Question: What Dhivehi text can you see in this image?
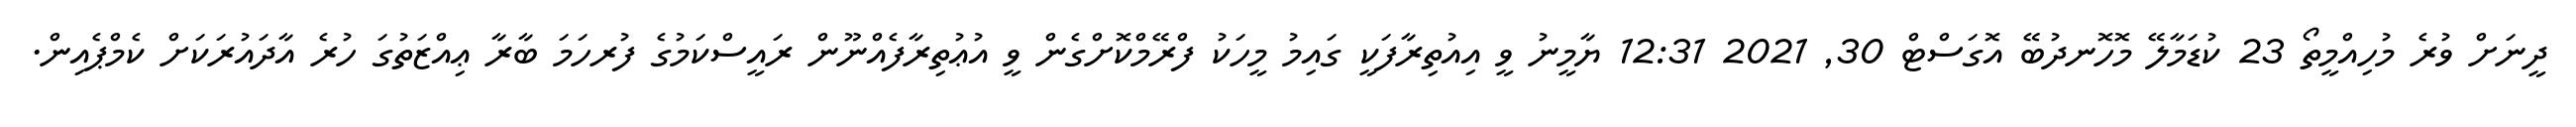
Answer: ދީނަށް ވުރެ މުހިއްމީތޯ 23 ކުޑަމާލޭ މޮހޮނދުބޭ އޮގަސްޓް 30, 2021 12:31 ޔާމީނު ވީ އިއުތިރާފަކީ ގައިމު މީހަކު ފްރޭމްކޮށްގެން ވީ އުޢުތިރާފެއްނޫން ރައީސްކަމުގެ ފުރހަމަ ބާރާ ޢިއްޒަތުގަ ހުރެ އާދައުރަކަށް ކެމްޕެއިން.